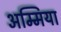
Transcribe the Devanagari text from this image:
अम्मिया